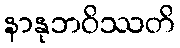
နာနုဘဝိဿတိ